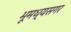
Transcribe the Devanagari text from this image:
भूमध्यसगर